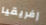
إفريقيا